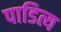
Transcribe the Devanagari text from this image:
पाडित्य